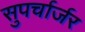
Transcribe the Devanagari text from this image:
सुपर्चार्जर